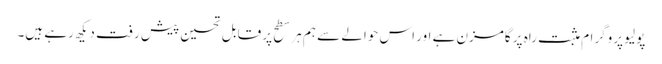
پولیو پروگرام مثبت راہ پر گامزن ہے اور اس حوالے سے ہم ہر سطح پر قابل تحسین پیش رفت دیکھ رہے ہیں۔